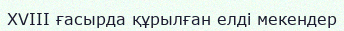
XVIII ғасырда құрылған елді мекендер